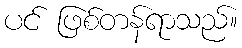
ပင် ဖြစ်တန်ရာသည်။